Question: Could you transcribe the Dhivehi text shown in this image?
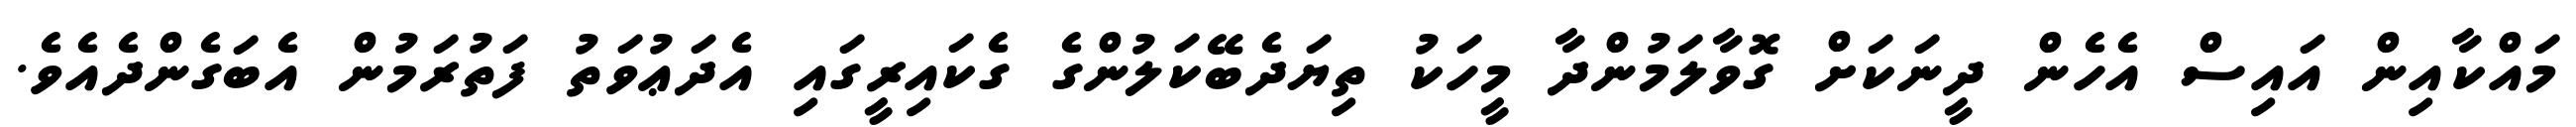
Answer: މައްކާއިން އައިސް އެހެން ދީނަކަށް ގޮވާލަމުންދާ މީހަކު ތިޔަދެބޭކަލުންގެ ގެކައިރީގައި އެދަޢުވަތު ފަތުރަމުން އެބަގެންދެއެވެ.